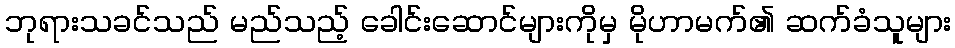
ဘုရားသခင်သည် မည်သည့် ခေါင်းဆောင်များကိုမှ မိုဟာမက်၏ ဆက်ခံသူများ